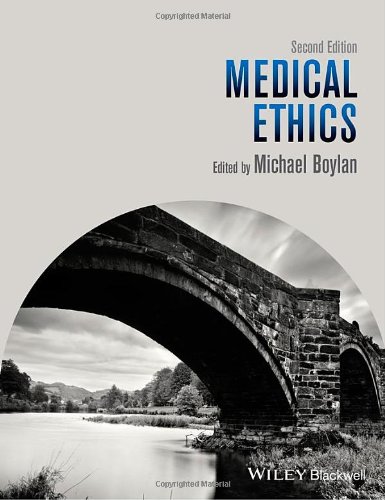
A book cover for Medical Ethics; Medical Books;